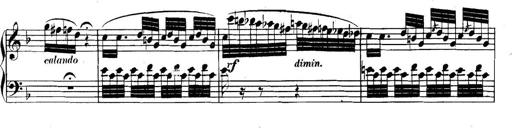
Title: Collected Piano Sonatas
Composer: Muzio Clementi